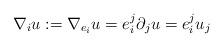
LaTeX: \begin{align*}\nabla_i u:=\nabla_{e_i}u= e_i^j \partial_ju=e_i^ju_j\end{align*}